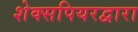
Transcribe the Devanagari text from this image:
शेक्सपियरद्वारा